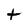
Character: t